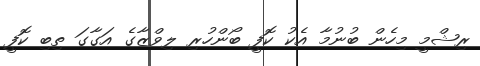
ރިޝްމީ މިހެން ބުނުމާ އެކު ކޮފީ ބޯންހުރި ލިވްޒާގެ އަގާގަ ތިބި ކޮފީ